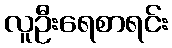
လူဦးရေစာရင်း